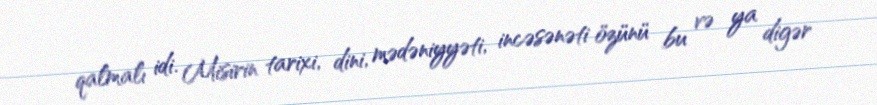
qalmalı idi. Misirin tarixi, dini, mədəniyyəti, incəsənəti özünü bu və ya digər